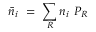
{ \bar { n } } _ { i } \ = \ \sum _ { R } n _ { i } \ P _ { R }